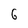
Character: 6